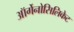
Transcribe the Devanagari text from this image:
ऑर्गेनोसिलिकेट